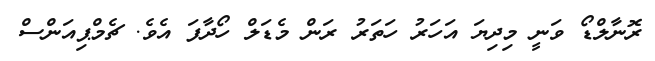
ރޮނާލްޑޯ ވަނީ މިދިޔަ އަހަރު ހަތަރު ރަން މެޑަލް ހޯދާފަ އެވެ. ޗެމްޕިއަންސް